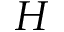
H